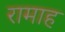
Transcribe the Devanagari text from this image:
रामाह